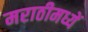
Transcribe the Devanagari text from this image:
मराठीमध्यें